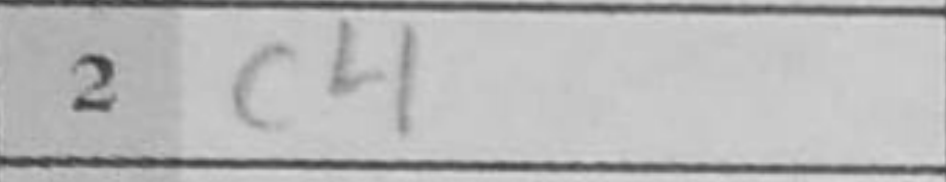
Transcription: c4